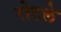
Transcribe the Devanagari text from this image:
रोटले